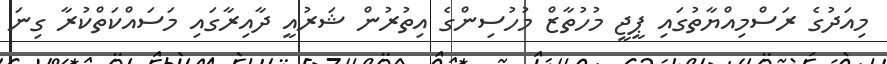
މިއަދުގެ ރަސްމިއްޔާތުގައި ޕީޖީ މުހުތާޒް މުހުސިންގެ އިތުރުން ޝަރުއީ ދާއިރާގައި މަސައްކަތްކުރާ ގިނަ